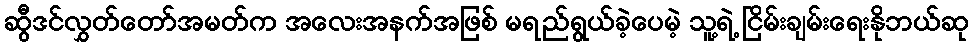
ဆွီဒင်လွှတ်တော်အမတ်က အလေးအနက်အဖြစ် မရည်ရွယ်ခဲ့ပေမဲ့ သူ့ရဲ့ ငြိမ်းချမ်းရေးနိုဘယ်ဆု